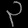
Digit: ၃